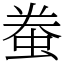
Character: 䖭